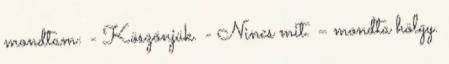
mondtam: - Köszönjük. - Nincs mit. – mondta hölgy.